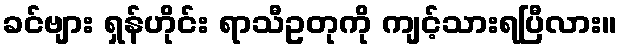
ခင်ဗျား ရှန်ဟိုင်း ရာသီဥတုကို ကျင့်သားရပြီလား။